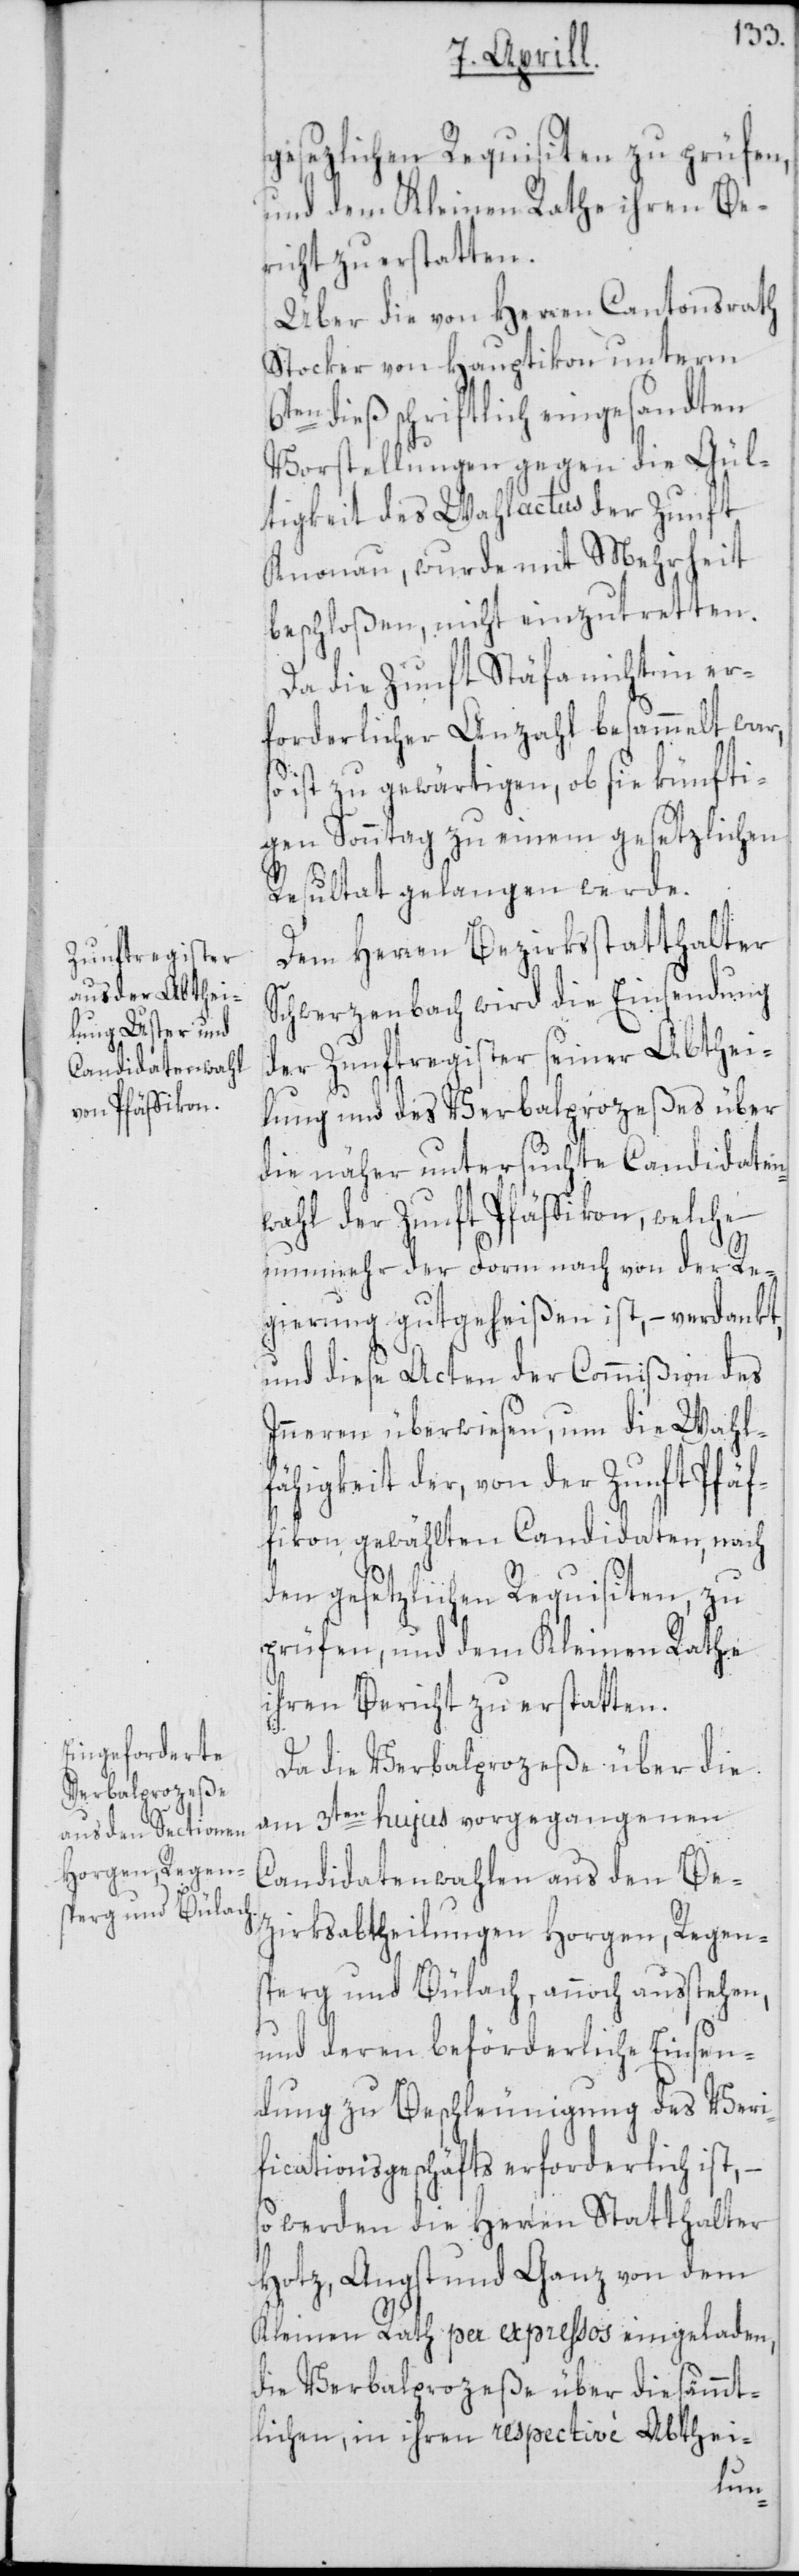
gesezlichen Requisiten zu prüfen,
und dem Kleinen Rathe ihren Be¬
richt zu erstatten.
Über die von Herren Cantonsrath
Stocker von Hauptikon unterm
6ten dieß schriftlich eingesandten
Vorstellungen gegen die Gül¬
tigkeit des Wahlactus der Zunft
Knonau, wurde mit Mehrheit
beschloßen, nicht einzutretten.
Da die Zunft Stäfa nicht in er¬
forderlicher Anzahl besammelt war,
ist zu gewärtigen, ob sie künfti¬
gen Sonntag zu einem gesetzlichen
Resultat gelangen werde.
Dem Herren Bezirksstatthalter
Schwerzenbach wird die Einsendung
der Zunftregister seiner Abthei¬
lung und des Verbalprozeßes über
die näher untersuchte Candidaten¬
wahl der Zunft Pfäffikon, welche
nunmehr der Form nach von der Re¬
gierung gutgeheißen ist, – verdankt,
und diese Acten der Commißion des
Inneren überwiesen, um die Wahl¬
fähigkeit der, von der Zunft Pfäf¬
fikon gewählten Candidaten, nach
den gesetzlichen Requisiten, zu
prüfen, und dem Kleinen Rathe
ihren Bericht zu erstatten.
Da die Verbalprozeße über die
am 3ten hujus vorgegangenen
Cadidatenwahlen aus den Be¬
zirksabtheilungen Horgen, Regen¬
sperg und Bülach, annoch ausstehen,
und deren beförderliche Einsen¬
dung zu Beschleunigung des Veri¬
ficationsgeschäfts erforderlich ist,
so werden die Herren Statthalter
Hotz, Angst und Ganz von dem
Kleinen Rath per expressos eingeladen,
die Verbalprozeße über die sämmt¬
lichen, in ihren respective Abthei-